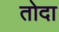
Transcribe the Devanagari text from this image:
तोदा